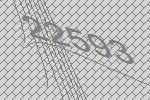
22593